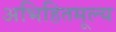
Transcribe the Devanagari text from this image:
अभिहितमूल्य